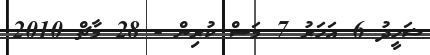
ޝަހީދު 6 އަހަރު 7 މަސް ކުރިން - 28 މާޗް 2010